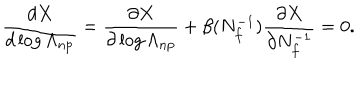
LaTeX: \frac { d X } { d \log \Lambda _ { \mathrm { n p } } } = \frac { \partial X } { \partial \log \Lambda _ { \mathrm { n p } } } + \beta ( N _ { f } ^ { - 1 } ) \frac { \partial X } { \partial N _ { f } ^ { - 1 } } = 0 .